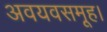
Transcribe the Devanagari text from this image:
अवयवसमूह।